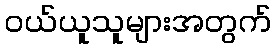
ဝယ်ယူသူများအတွက်